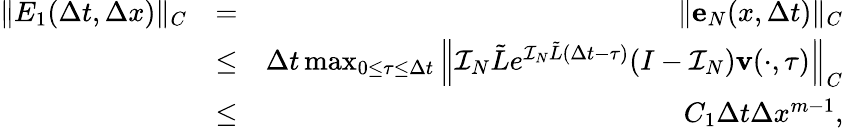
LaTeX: \begin{array}{rlr}{\| E_{1}(\Delta t,\Delta x)\| _{C}}&{=}&{\| {\mathbf e}_{N}(x,\Delta t)\| _{C}}\\ &{\leq}&{\Delta t\operatorname*{max}_{0\leq\tau\leq\Delta t}\left\| {\cal I}_{N}\tilde{L}e^{{\cal I}_{N}\tilde{L}(\Delta t-\tau)}(I-{\cal I}_{N}){\mathbf v}(\cdot,\tau)\right\| _{C}}\\ &{\leq}&{C_{1}\Delta t\Delta x^{m-1},}\end{array}